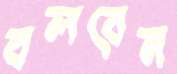
বলবেন